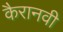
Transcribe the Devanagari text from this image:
कैरानवी